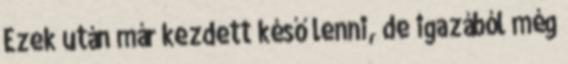
Ezek után már kezdett késő lenni, de igazából még